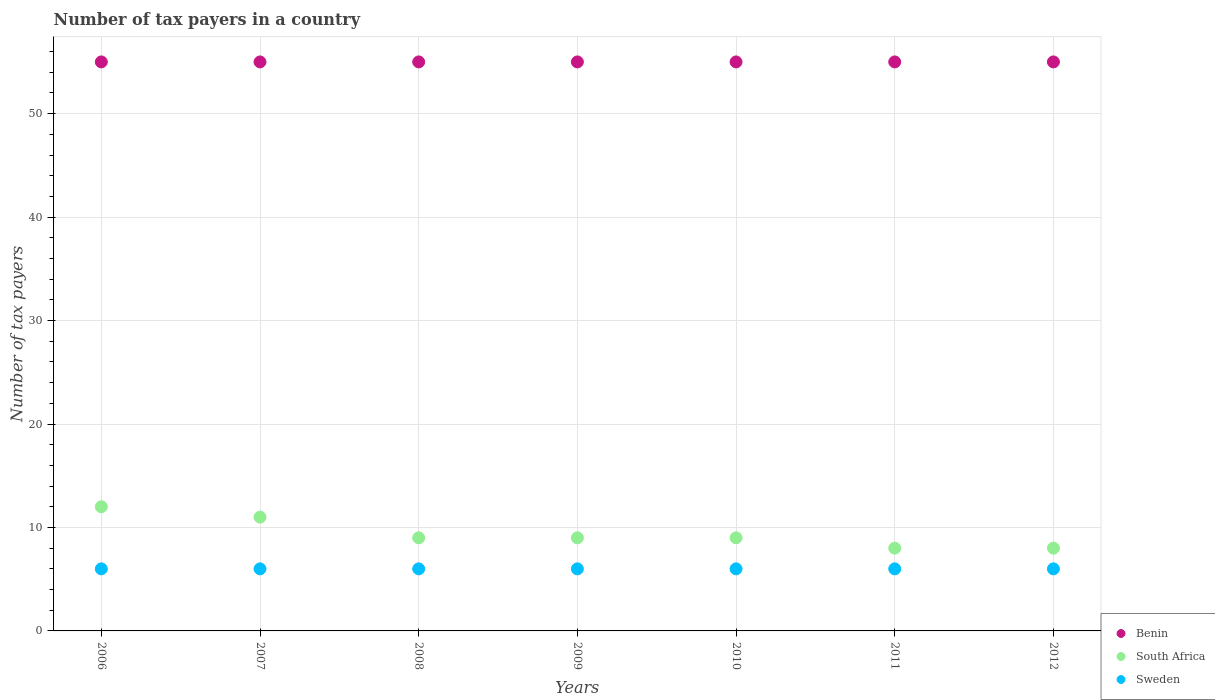
| Years | Benin | South Africa | Sweden |
 | --- | --- | --- | --- |
 | 2006 | 55 | 12 | 6 |
 | 2007 | 55 | 11 | 6 |
 | 2008 | 55 | 9 | 6 |
 | 2009 | 55 | 9 | 6 |
 | 2010 | 55 | 9 | 6 |
 | 2011 | 55 | 8 | 6 |
 | 2012 | 55 | 8 | 6 |